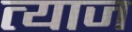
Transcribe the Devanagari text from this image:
त्याज